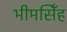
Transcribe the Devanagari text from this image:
भीमसिँह